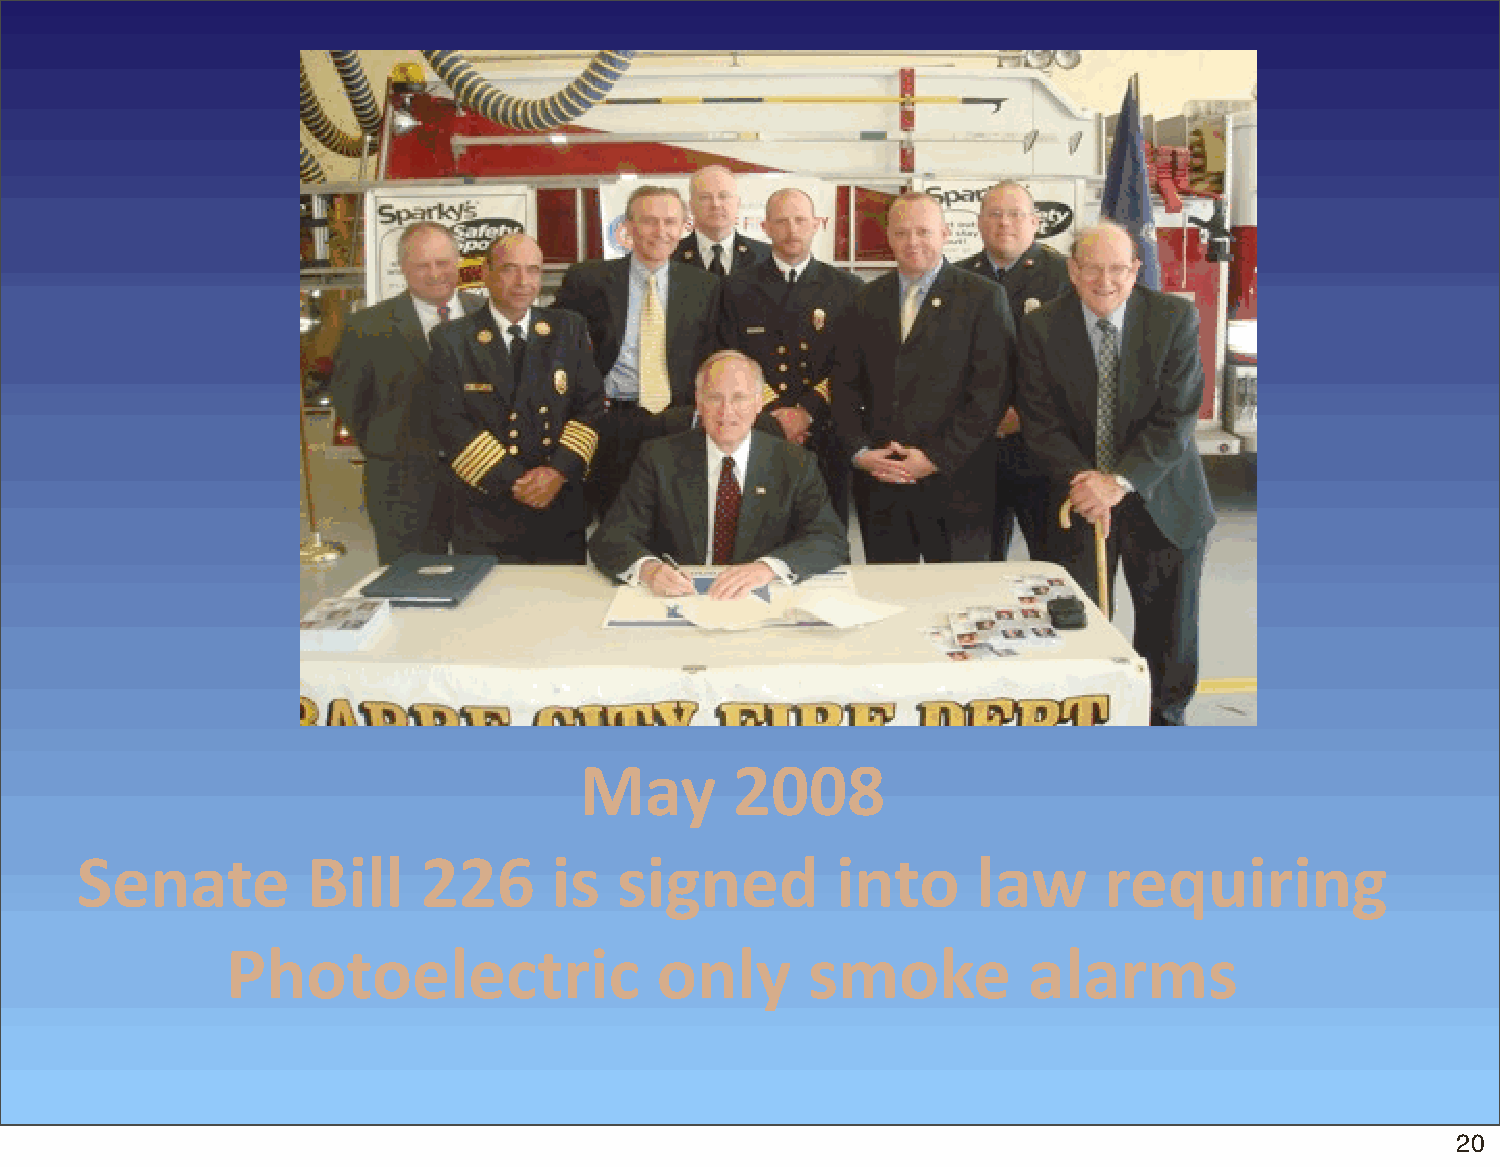
May        2008
 Senate         Bill    226      is  signed        into      law     requiring
 Photoelectric               only       smoke         alarms
 20